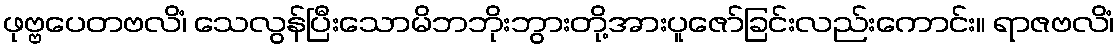
ဖုဗ္ဗပေတဗလိံ၊ သေလွန်ပြီးသောမိဘဘိုးဘွားတို့အားပူဇော်ခြင်းလည်းကောင်း။ ရာဇဗလိံ၊